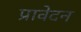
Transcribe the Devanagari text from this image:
प्रावेदन